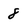
Character: 8